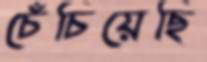
চেঁচিয়েছি